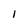
Character: 1